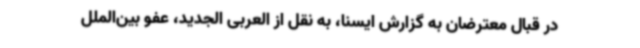
در قبال معترضان به گزارش ایسنا، به نقل از العربی الجدید، عفو بین‌الملل